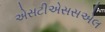
એસટીએસસએલ